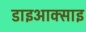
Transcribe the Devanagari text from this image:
डाइआक्साइ